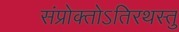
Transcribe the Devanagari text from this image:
संप्रोक्तोऽतिरथस्तु